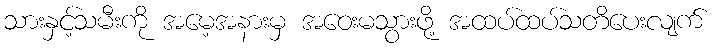
သားနှင့်သမီးကို အမေ့အနားမှ အဝေးမသွားဖို့ အထပ်ထပ်သတိပေးလျက်